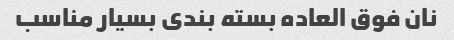
نان فوق العاده بسته بندی بسیار مناسب